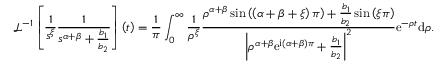
\mathcal { L } ^ { - 1 } \left[ \frac { 1 } { s ^ { \xi } } \frac { 1 } { s ^ { \alpha + \beta } + \frac { b _ { 1 } } { b _ { 2 } } } \right] \left( t \right) = \frac { 1 } { \pi } \int _ { 0 } ^ { \infty } \frac { 1 } { \rho ^ { \xi } } \frac { \rho ^ { \alpha + \beta } \sin \left( \left( \alpha + \beta + \xi \right) \pi \right) + \frac { b _ { 1 } } { b _ { 2 } } \sin \left( \xi \pi \right) } { \left\vert \rho ^ { \alpha + \beta } \mathrm { e } ^ { \mathrm { i } \left( \alpha + \beta \right) \pi } + \frac { b _ { 1 } } { b _ { 2 } } \right\vert ^ { 2 } } \mathrm { e } ^ { - \rho t } \mathrm { d } \rho .